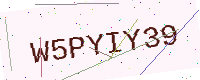
Text: W5PYIY39